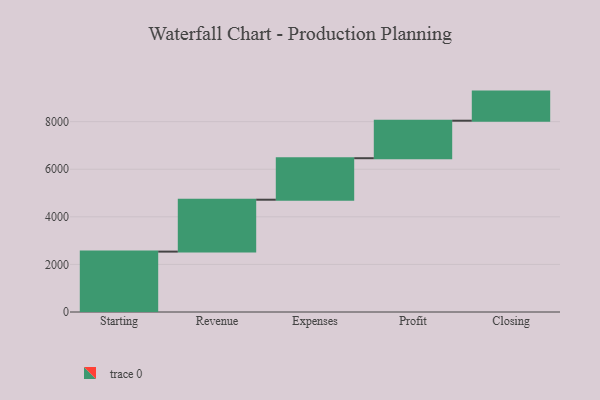
{"axis": {"x": "Step", "y": "Value"}, "legend": [""], "data": [{"x": "Starting", "y": 2538.0, "type": ""}, {"x": "Revenue", "y": 2181.0, "type": ""}, {"x": "Expenses", "y": 1744.0, "type": ""}, {"x": "Profit", "y": 1576.0, "type": ""}, {"x": "Closing", "y": 1223.0, "type": ""}]}